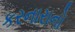
કરનારાનો